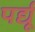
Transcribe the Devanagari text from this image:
पर्द्यू